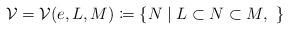
LaTeX: \begin{align*}\mathcal V = \mathcal V(e, L, M) \coloneqq \{N\mid L\subset N \subset M,\ \}\end{align*}